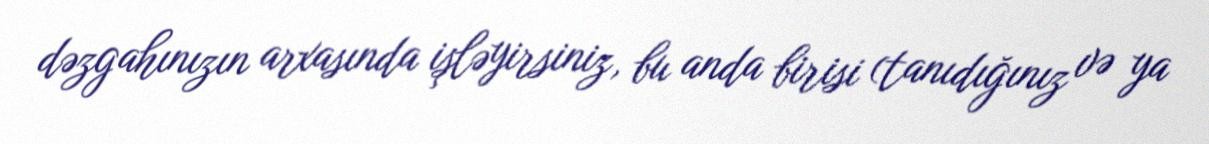
dəzgahınızın arxasında işləyirsiniz, bu anda birisi (tanıdığınız və ya